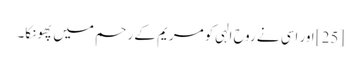
[25] اور اسی نے روح الہی کو مریم کے رحم میں پھونکا۔